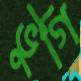
ভুগি